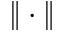
\| \cdot \|